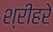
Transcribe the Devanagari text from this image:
श्रीहरे